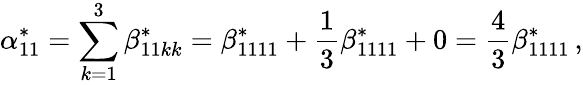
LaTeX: \alpha_{11}^{*}=\sum_{k=1}^{3}\beta_{11kk}^{*}=\beta_{1111}^{*}+\frac{1}{3}\beta_{1111}^{*}+0=\frac{4}{3}\beta_{1111}^{*}\, ,